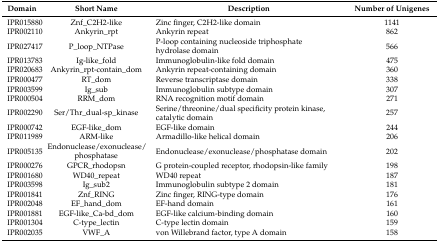
<table><thead><tr><td><b>Domain</b></td><td><b>Short Name</b></td><td><b>Description</b></td><td><b>Number of Unigenes</b></td></tr></thead><tbody><tr><td>IPR015880</td><td>Znf_C2H2-like</td><td>Zinc finger, C2H2-like domain</td><td>1141</td></tr><tr><td>IPR002110</td><td>Ankyrin_rpt</td><td>Ankyrin repeat</td><td>862</td></tr><tr><td>IPR027417</td><td>P_loop_NTPase</td><td>P-loop containing nucleoside triphosphate hydrolase domain</td><td>566</td></tr><tr><td>IPR013783</td><td>Ig-like_fold</td><td>Immunoglobulin-like fold domain</td><td>475</td></tr><tr><td>IPR020683</td><td>Ankyrin_rpt-contain_dom</td><td>Ankyrin repeat-containing domain</td><td>360</td></tr><tr><td>IPR000477</td><td>RT_dom</td><td>Reverse transcriptase domain</td><td>338</td></tr><tr><td>IPR003599</td><td>Ig_sub</td><td>Immunoglobulin subtype domain</td><td>307</td></tr><tr><td>IPR000504</td><td>RRM_dom</td><td>RNA recognition motif domain</td><td>271</td></tr><tr><td>IPR002290</td><td>Ser/Thr_dual-sp_kinase</td><td>Serine/threonine/dual specificity protein kinase, catalytic domain</td><td>257</td></tr><tr><td>IPR000742</td><td>EGF-like_dom</td><td>EGF-like domain</td><td>244</td></tr><tr><td>IPR011989</td><td>ARM-like</td><td>Armadillo-like helical domain</td><td>206</td></tr><tr><td>IPR005135</td><td>Endonuclease/exonuclease/ phosphatase</td><td>Endonuclease/exonuclease/phosphatase domain</td><td>202</td></tr><tr><td>IPR000276</td><td>GPCR_rhodopsn</td><td>G protein-coupled receptor, rhodopsin-like family</td><td>198</td></tr><tr><td>IPR001680</td><td>WD40_repeat</td><td>WD40 repeat</td><td>187</td></tr><tr><td>IPR003598</td><td>Ig_sub2</td><td>Immunoglobulin subtype 2 domain</td><td>181</td></tr><tr><td>IPR001841</td><td>Znf_RING</td><td>Zinc finger, RING-type domain</td><td>176</td></tr><tr><td>IPR002048</td><td>EF_hand_dom</td><td>EF-hand domain</td><td>161</td></tr><tr><td>IPR001881</td><td>EGF-like_Ca-bd_dom</td><td>EGF-like calcium-binding domain</td><td>160</td></tr><tr><td>IPR001304</td><td>C-type_lectin</td><td>C-type lectin domain</td><td>159</td></tr><tr><td>IPR002035</td><td>VWF_A</td><td>von Willebrand factor, type A domain</td><td>158</td></tr></tbody></table>